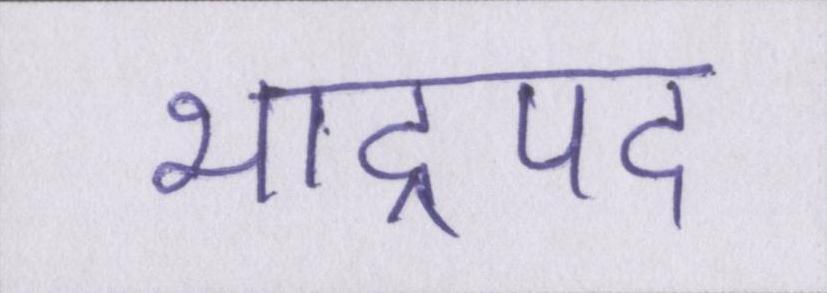
भाद्रपद